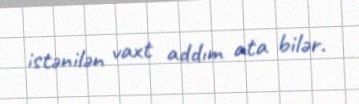
istənilən vaxt addım ata bilər.